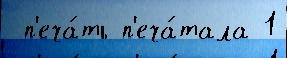
 п'еча́ть п'еча́тала 1